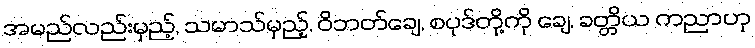
အမည်လည်းမှည့်, သမာသ်မှည့်, ဝိဘတ်ချေ, စပုဒ်တို့ကို ချေ, ခတ္တိယ ကညာဟု